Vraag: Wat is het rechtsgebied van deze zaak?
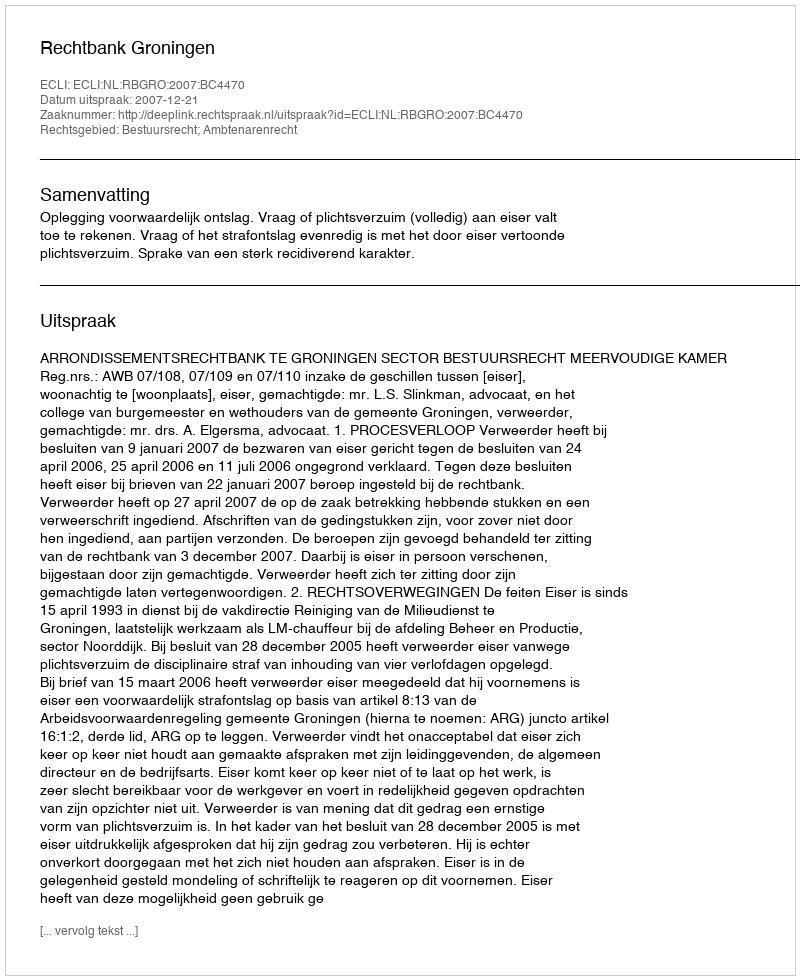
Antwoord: Bestuursrecht; Ambtenarenrecht